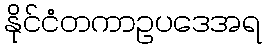
နိုင်ငံတကာဥပဒေအရ